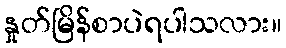
နှုတ်မြိန်စာပဲရပါသလား။